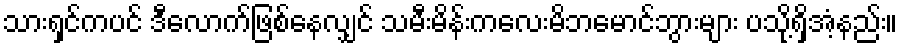
သားရှင်ကပင် ဒီလောက်ဖြစ်နေလျှင် သမီးမိန်းကလေးမိဘမောင်ဘွားများ ပသို့ရှိအံ့နည်း။